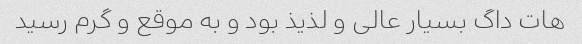
هات داگ بسیار عالی و لذیذ بود و به موقع و گرم رسید